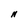
Character: N